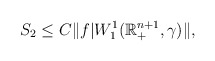
\begin{align*}S_{2} \le C \|f|W^{1}_{1}(\mathbb{R}^{n+1}_{+},\gamma)\|,\end{align*}